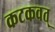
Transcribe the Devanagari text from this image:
कटकवत्